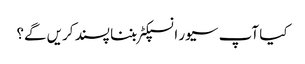
کیا آپ سیور انسپکٹر بننا پسند کریں گے؟